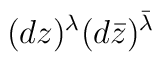
(dz)^{\lambda} (d\bar{z})^{\bar{\lambda}}